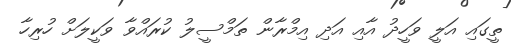
ތީގައި އަލީ ވަހީދު އާއި އަދި އިމްރާން ތަމްސީލު ކުރައްވާ ވަކީލަށް ހުރިހާ